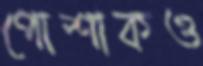
পোশাকও